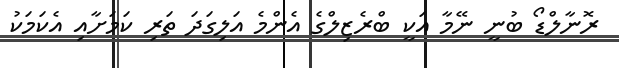
ރޮނާލްޑޯ ބުނީ ނޭމާ އަކީ ބްރެޒިލްގެ އެންމެ އަލިގަދަ ތަރި ކަމަށާއި އެކަމަކު